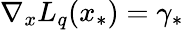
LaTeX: \nabla_{x}L_{q}(x_{*})=\gamma_{*}